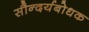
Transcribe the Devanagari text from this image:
सौन्दर्यबोधक